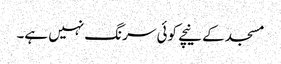
مسجد کے نیچے کوئی سرنگ نہیں ہے۔